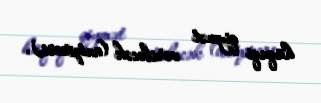
hüquqi qiymət veriləcək (anspress).